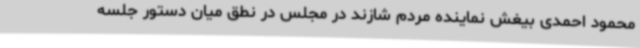
محمود احمدی بیغش نماینده مردم شازند در مجلس در نطق میان دستور جلسه